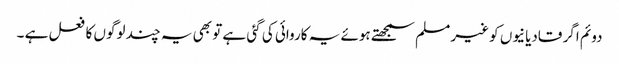
دوئم اگر قادیانیوں کو غیر مسلم سمجھتے ہوئے یہ کاروائی کی گئی ہے تو بھی یہ چند لوگوں کا فعل ہے ۔